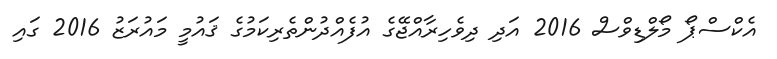
އެކްސްޕޯ މޯލްޑިވްސް 2016 އަދި ދިވެހިރާއްޖޭގެ އުފެއްދުންތެރިކަމުގެ ޤައުމީ މައުރަޒު 2016 ގައި